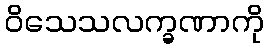
ဝိသေသလက္ခဏာကို